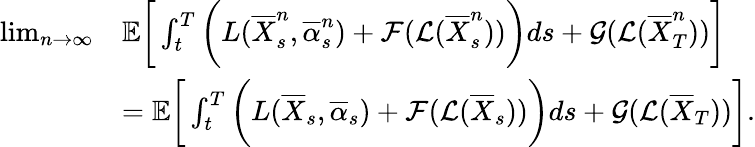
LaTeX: \begin{array}{rl}{\operatorname*{lim}_{n\to\infty}}&{{\mathbb E}\bigg[\int_{t}^{T}\bigg(L(\overline{{X}}_{s}^{n},\overline{{\alpha}}_{s}^{n})+\mathcal{F}(\mathcal{L}(\overline{{X}}_{s}^{n}))\bigg)ds+\mathcal{G}(\mathcal{L}(\overline{{X}}_{T}^{n}))\bigg]}\\ &{={\mathbb E}\bigg[\int_{t}^{T}\bigg(L(\overline{{X}}_{s},\overline{{\alpha}}_{s})+\mathcal{F}(\mathcal{L}(\overline{{X}}_{s}))\bigg)ds+\mathcal{G}(\mathcal{L}(\overline{{X}}_{T}))\bigg].}\end{array}